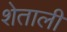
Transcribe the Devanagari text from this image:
शेताली